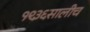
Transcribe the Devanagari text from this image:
१९३६सालीच